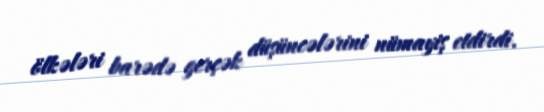
ölkələri barədə gerçək düşüncələrini nümayiş etdirdi.